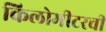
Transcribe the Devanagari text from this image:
किलोमीटरची